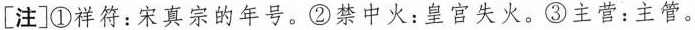
[ 注 ]①祥符：宋真宗的年号。②禁中火：皇宫失火。③主营：主管。